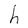
Character: h